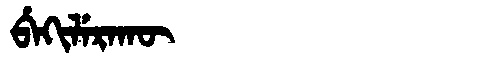
Manchu: ᠪᡝᡴᡳᠯᡝᡵᠠᡴᡡ
Romanization: BEKILERAKŪ